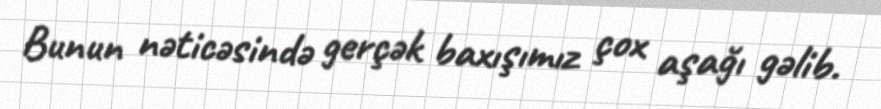
Bunun nəticəsində gerçək baxışımız çox aşağı gəlib.